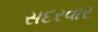
સદરવાર